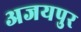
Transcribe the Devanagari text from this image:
अजयपुर